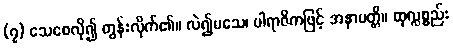
(၇) သေစေလို၍ တွန်းလိုက်၏။ လဲ၍မသေ၊ ပါရာဇိကဖြင့် အနာပတ္တိ။ ထုလ္လစ္စည်း